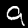
Label: 9